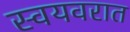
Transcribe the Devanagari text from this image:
स्वयवरात